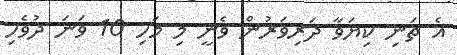
އެ ތަނި ކިޔަވާ ދަރިވަރުން ވެނީ މި މަހި 10 ވަނަ ދުވެހި